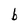
Character: b